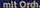
mit Orch.